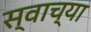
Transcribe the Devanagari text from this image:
स्वाच्या